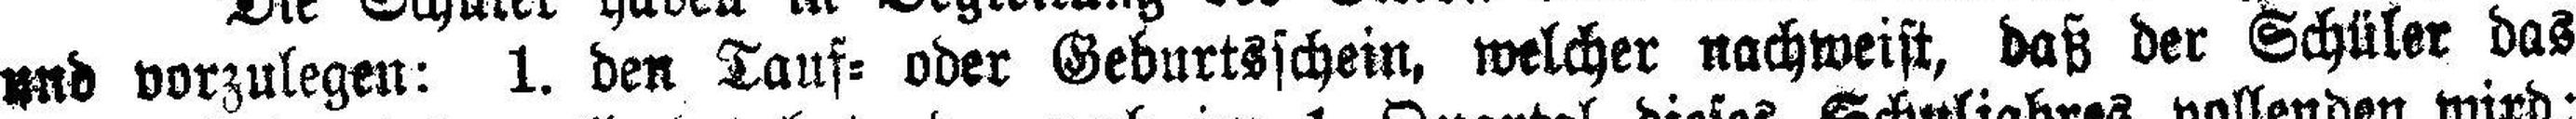
und vorzulegen: 1. den Tauf= oder Geburtsschein, welcher nachweist, daß der Schüler das